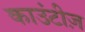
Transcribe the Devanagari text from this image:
काउंटीज़